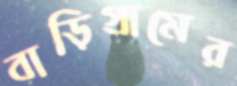
বাড়িগ্রামের